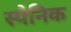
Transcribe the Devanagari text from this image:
स्पैनिक